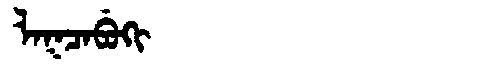
Manchu: ᠯᠠᡴᠴᠠᠪᡠᡴᡳ
Romanization: LAKCABUKI